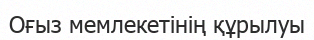
Оғыз мемлекетінің құрылуы